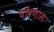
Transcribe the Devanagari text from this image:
धोरणास